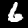
Digit: 6